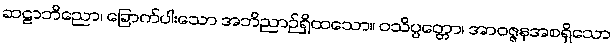
ဆဠာဘိညော၊ ခြောက်ပါးသော အဘိညာဉ်ရှိထသော။ ဝသိပ္ပတ္တော၊ အာဝဇ္ဇနအစရှိသော